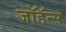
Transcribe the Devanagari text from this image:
जॉहॅन्स